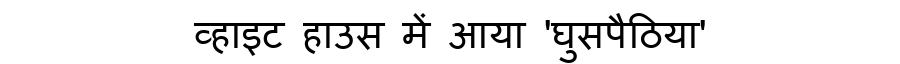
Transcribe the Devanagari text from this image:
व्हाइट हाउस में आया 'घुसपैठिया'